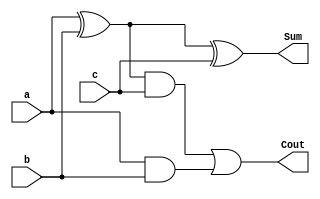

module fulladder (Sum,Cout,a,b,c);
   input a,b,c;
   output Sum,Cout;
   wire S1,D1,D2; 
   xor #(2) xgate1(S1,a,b);
   and #(2) agate1(D1,a,b);
   xor #(2) xgate2(Sum,S1,c);
   and #(2) agate2(D2,S1,c);
   or  #(2) gate(Cout,D2,D1);
endmodule
  
module Adder1_16bit(S,Cout,A,B,Cin);
    input [15:0]A;
    input [15:0]B;
    input Cin;
    output [15:0]S;
    output Cout;  
    wire [14:0]w;
    
    fulladder FAdder1(S[0],w[0],A[0],B[0],Cin),
              FAdder2(S[1],w[1],A[1],B[1],w[0]),
              FAdder3(S[2],w[2],A[2],B[2],w[1]),
              FAdder4(S[3],w[3],A[3],B[3],w[2]),
              FAdder5(S[4],w[4],A[4],B[4],w[3]),
              FAdder6(S[5],w[5],A[5],B[5],w[4]),
              FAdder7(S[6],w[6],A[6],B[6],w[5]),
              FAdder8(S[7],w[7],A[7],B[7],w[6]),
              FAdder9(S[8],w[8],A[8],B[8],w[7]),
              FAdder10(S[9],w[9],A[9],B[9],w[8]),
              FAdder11(S[10],w[10],A[10],B[10],w[9]),
              FAdder12(S[11],w[11],A[11],B[11],w[10]),
              FAdder13(S[12],w[12],A[12],B[12],w[11]),
              FAdder14(S[13],w[13],A[13],B[13],w[12]),
              FAdder15(S[14],w[14],A[14],B[14],w[13]),
              FAdder16(S[15],Cout,A[15],B[15],w[14]);
  endmodule
            
  
  module CLA_4bit(Sum,Cout,Cin,a,b);
    input [3:0]a;
    input [3:0]b;
    input Cin;
    output [3:0]Sum;
    output Cout;
    
    wire [3:0]p;
    wire [3:0]g;
    wire [3:1]c;
    wire [9:0]aw;
    
    xor #(2)
        xgate1(p[0],a[0],b[0]),
        xgate2(p[1],a[1],b[1]),
        xgate3(p[2],a[2],b[2]),
        xgate4(p[3],a[3],b[3]);
    
    and #(2)
        gate1(g[0],a[0],b[0]),
        gate2(g[1],a[1],b[1]),
        gate3(g[2],a[2],b[2]),
        gate4(g[3],a[3],b[3]);
    
    and #(2)
        agate1(aw[0],p[0],Cin),
        agate2(aw[1],p[1],g[0]),
        agate3(aw[2],p[1],aw[0]),
        agate4(aw[3],p[2],g[1]),
        agate5(aw[4],p[2],aw[1]),
        agate6(aw[5],p[2],aw[2]),
        agate7(aw[6],p[3],g[2]),
        agate8(aw[7],p[3],aw[3]),
        agate9(aw[8],p[3],aw[4]),
        agate10(aw[9],p[3],aw[5]);
        
    or #(2) or1(c[1],g[0],aw[0]);
    or #(3) or2(c[2],g[1],aw[1],aw[2]);
    or #(4) or3(c[3],g[2],aw[3],aw[4],aw[5]);
    or #(5) or4(Cout,g[3],aw[6],aw[7],aw[8],aw[9]);
       
    xor #(2)
        s1(Sum[0],p[0],Cin),
        s2(Sum[1],p[1],c[1]),
        s3(Sum[2],p[2],c[2]),
        s4(Sum[3],p[3],c[3]);
          
endmodule

module Adder2_16bit(S,Cout,A,B,Cin);
    input [15:0]A;
    input [15:0]B;
    input Cin;
    output [15:0]S;
    output Cout;
    wire [3:1]w;
    CLA_4bit CLA1(S[3:0],w[1],Cin,A[3:0],B[3:0]),
             CLA2(S[7:4],w[2],w[1],A[7:4],B[7:4]),
             CLA3(S[11:8],w[3],w[2],A[11:8],B[11:8]),
             CLA4(S[15:12],Cout,w[3],A[15:12],B[15:12]);    
  endmodule
      
      
  //testbench
  
  module Adder16_TB;
    reg [15:0]A;
    reg [15:0]B;
    wire [15:0]sum1;
    wire [15:0]sum2;
    wire cout1,cout2;
    
  Adder1_16bit adder1 (sum1,cout1,A,B,1'b0);
  Adder2_16bit adder2 (sum2,cout2,A,B,1'b0);
        
        initial
          begin
           #1
            A=16'b0000000000000000;
            B=16'b0000000000000000; 
            //$display("A =%d B = %d sum1=%d cout1=%d",A,B,sum1,cout1);
            #199
            A=16'b0010010011010111;
            B=16'b0000010000010100; 
            //$display("A =%d B = %d sum1=%d cout1=%d",A,B,sum1,cout1);
            #200
                      
            A=16'b1111110111101000;
            B=16'b0000010000010100; 
            //$display("A =%d B = %d sum1=%d cout1=%d",A,B,sum1,cout1);
            #200
            $stop; 
          end
          initial
          $monitor("sum1 = %d cout1 = %d  sum2= %d cout2=%d",sum1, cout1,sum2,cout2);
    
endmodule